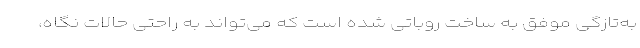
به‌تازگی موفق به ساخت روباتی شده است که می‌تواند به راحتی حالات نگاه،